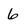
Character: 6